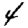
Digit: 4